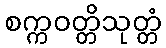
စက္ကဝတ္တိသုတ္တံ